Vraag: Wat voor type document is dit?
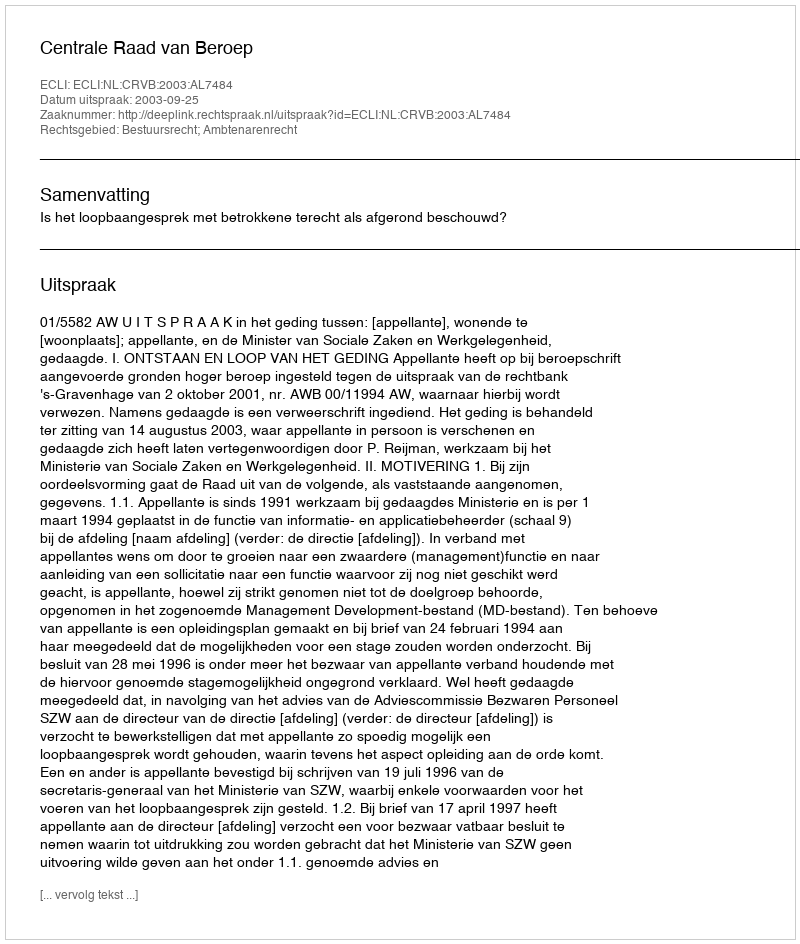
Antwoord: Uitspraak